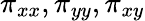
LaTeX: \pi_{xx},\pi_{yy},\pi_{xy}